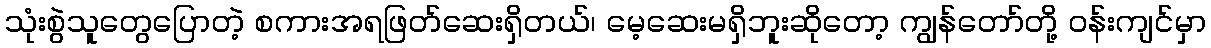
သုံးစွဲသူတွေပြောတဲ့ စကားအရဖြတ်ဆေးရှိတယ်၊ မေ့ဆေးမရှိဘူးဆိုတော့ ကျွန်တော်တို့ ဝန်းကျင်မှာ